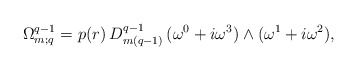
\begin{align*}\Omega^{q-1}_{m;q}=p(r)\,D^{q-1}_{m(q-1)}\,(\omega^0+i\omega^3)\wedge(\omega^1+i\omega^2),\end{align*}